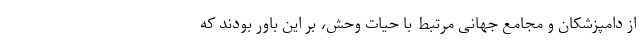
از دامپزشکان و مجامع جهانی مرتبط با حیات وحش، بر این باور بودند که